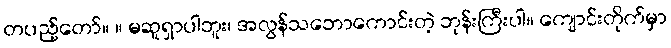
တပည့်တော်။ ။ မဆူရှာပါဘူး၊ အလွန်သဘောကောင်းတဲ့ ဘုန်းကြီးပါ။ ကျောင်းတိုက်မှာ